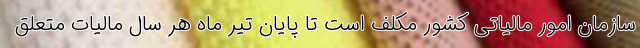
سازمان امور مالیاتی کشور مکلف است تا پایان تیر ماه هر سال مالیات متعلق